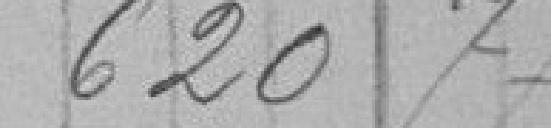
620,77